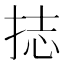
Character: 𭠶